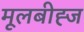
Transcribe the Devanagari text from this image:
मूलबीह्ज